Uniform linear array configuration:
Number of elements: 24
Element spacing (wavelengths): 0.25
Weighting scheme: cosine
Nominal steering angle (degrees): -45
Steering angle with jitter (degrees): -43.64
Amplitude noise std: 0.05
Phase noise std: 0.05

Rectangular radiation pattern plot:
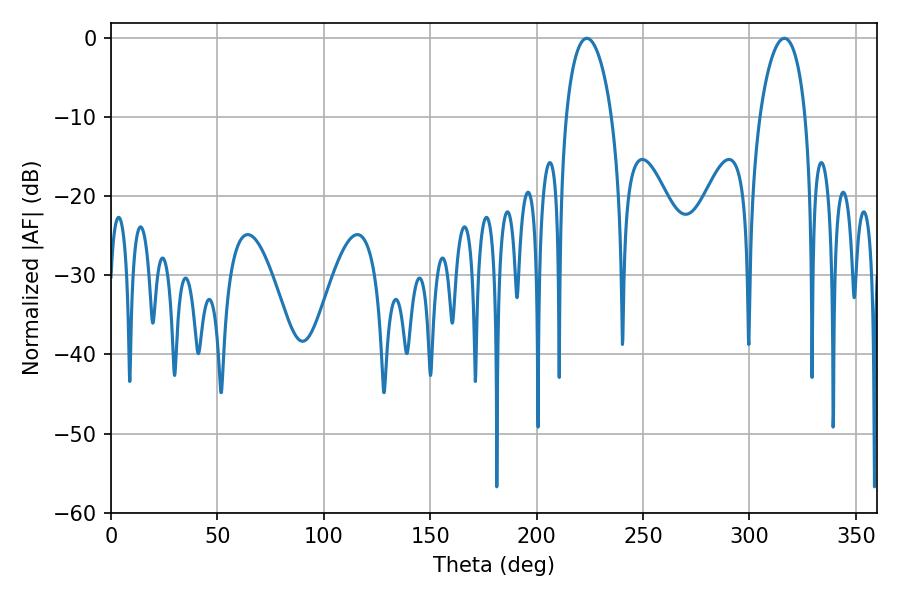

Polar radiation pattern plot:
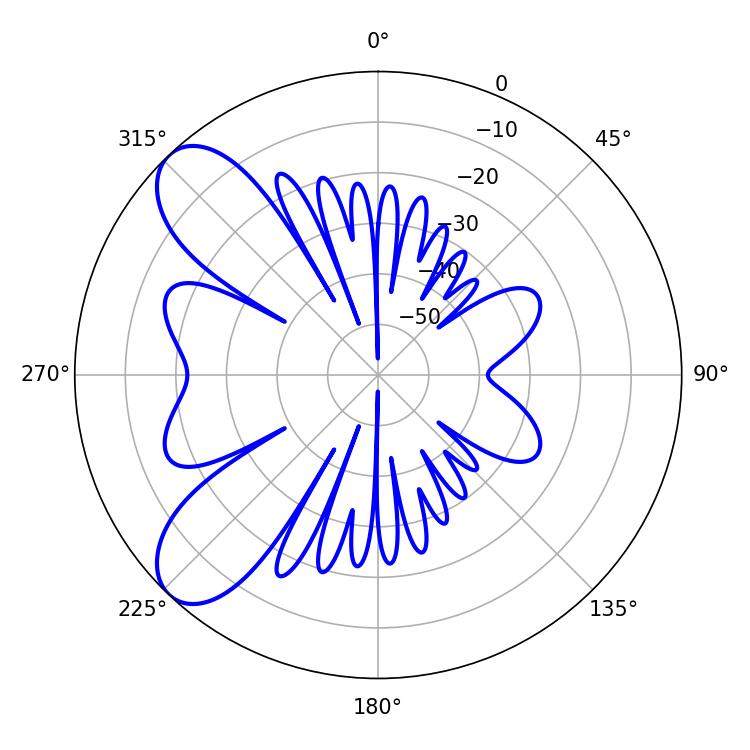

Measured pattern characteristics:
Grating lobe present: FALSE
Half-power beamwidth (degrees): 12.24
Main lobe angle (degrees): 223.56